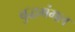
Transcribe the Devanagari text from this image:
बुद्धमंगल